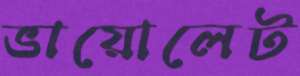
ভায়োলেট